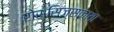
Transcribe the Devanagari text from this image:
रोस्सिज्स्काया